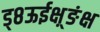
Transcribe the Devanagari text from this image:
ड्८ऊईक्ष़्ङंक्ष